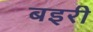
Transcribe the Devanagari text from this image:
बइरी